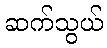
ဆက်သွယ်